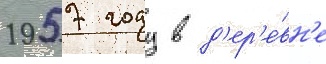
1957 году в д'ер'е́вн'е